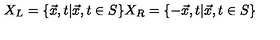
X _ { L } = \{ \vec { x } , t | \vec { x } , t \in S \} X _ { R } = \{ - \vec { x } , t | \vec { x } , t \in S \}